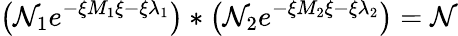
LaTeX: \left(\mathcal{N}_{1}e^{-\xi M_{1}\xi-\xi\lambda_{1}}\right)*\left(\mathcal{N}_{2}e^{-\xi M_{2}\xi-\xi\lambda_{2}}\right)=\mathcal{N}